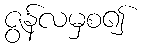
ဇွန်လမှစ၍